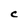
Character: C